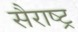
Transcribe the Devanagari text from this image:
सैराष्ट्र